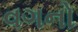
વગનો